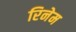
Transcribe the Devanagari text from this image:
रिनेम